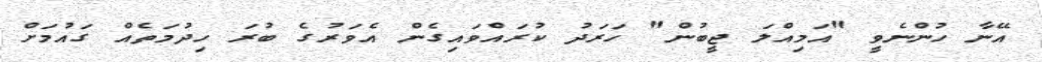
އޭނާ ހުންނެވީ "އަމިއްލަ ޖީބުން" ހަރަދު ކުރައްވައިގެން އެވަރުގެ ބުރަ ހިދުމަތެއް ގައުމަށް